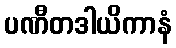
ပဏီတဒါယိကာနံ